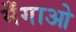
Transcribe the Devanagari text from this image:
मँगाओ